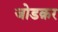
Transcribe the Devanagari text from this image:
जोडक़र